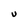
Character: U